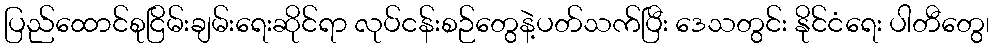
ပြည်ထောင်စုငြိမ်းချမ်းရေးဆိုင်ရာ လုပ်ငန်းစဉ်တွေနဲ့ပတ်သက်ပြီး ဒေသတွင်း နိုင်ငံရေး ပါတီတွေ၊